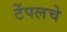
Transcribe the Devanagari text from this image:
टेंपलचे